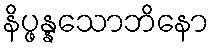
နိပ္ဖန္နသောဘိနော